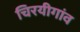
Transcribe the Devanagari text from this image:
चिरयीगांव